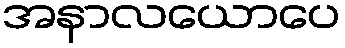
အနာလယောပေ